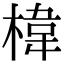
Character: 椲